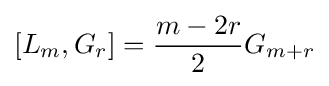
[L_{m},G_{r}]={\frac {m-2r}{2}}G_{m+r}